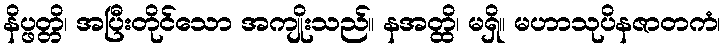
နိပ္ဖတ္တိ၊ အပြီးတိုင်သော အကျိုးသည်။ နအတ္ထိ၊ မရှိ။ မဟာသုပိနဇာတကံ၊